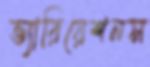
ভ্যারিয়েশনস